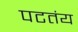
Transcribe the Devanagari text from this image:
पटतंय